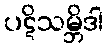
ပဋိသမ္ဘိဒါ